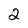
Character: 2